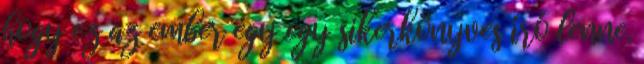
hogy ez az ember egy egy sikerkönyves író lenne.